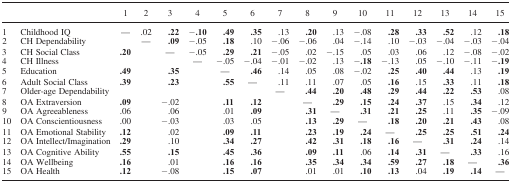
<table><thead><tr><td></td><td></td><td><b>1</b></td><td><b>2</b></td><td><b>3</b></td><td><b>4</b></td><td><b>5</b></td><td><b>6</b></td><td><b>7</b></td><td><b>8</b></td><td><b>9</b></td><td><b>10</b></td><td><b>11</b></td><td><b>12</b></td><td><b>13</b></td><td><b>14</b></td><td><b>15</b></td></tr></thead><tbody><tr><td>1</td><td>Childhood IQ</td><td>—</td><td>.02</td><td><b>.22</b></td><td><b>−.10</b></td><td><b>.49</b></td><td><b>.35</b></td><td>.13</td><td><b>.20</b></td><td>.13</td><td>−.08</td><td><b>.28</b></td><td><b>.33</b></td><td><b>.52</b></td><td>.12</td><td><b>.18</b></td></tr><tr><td>2</td><td>CH Dependability</td><td></td><td>—</td><td><b>.09</b></td><td>−.05</td><td><b>.18</b></td><td>.10</td><td>−.06</td><td>−.06</td><td>.04</td><td>−.14</td><td>.10</td><td>−.03</td><td>−.04</td><td>−.03</td><td>−.04</td></tr><tr><td>3</td><td>CH Social Class</td><td><b>.20</b></td><td></td><td>—</td><td>−.05</td><td><b>.29</b></td><td><b>.21</b></td><td>−.05</td><td>.02</td><td>−.15</td><td>.05</td><td>.03</td><td>.06</td><td>.12</td><td>−.08</td><td>−.02</td></tr><tr><td>4</td><td>CH Illness</td><td></td><td></td><td></td><td>—</td><td>−.05</td><td>−.04</td><td>−.01</td><td>−.02</td><td>.13</td><td>−<b>.18</b></td><td>−.13</td><td>.05</td><td>−.10</td><td>−.11</td><td>−<b>.19</b></td></tr><tr><td>5</td><td>Education</td><td><b>.49</b></td><td></td><td><b>.35</b></td><td></td><td>—</td><td><b>.46</b></td><td>.14</td><td>.05</td><td>.08</td><td>−.02</td><td><b>.25</b></td><td><b>.40</b></td><td><b>.44</b></td><td>.13</td><td><b>.19</b></td></tr><tr><td>6</td><td>Adult Social Class</td><td><b>.39</b></td><td></td><td><b>.23</b></td><td></td><td><b>.55</b></td><td>—</td><td>.11</td><td>.11</td><td>.07</td><td>.05</td><td><b>.16</b></td><td>.15</td><td><b>.33</b></td><td>.11</td><td><b>.18</b></td></tr><tr><td>7</td><td>Older‐age Dependability</td><td></td><td></td><td></td><td></td><td></td><td></td><td>—</td><td><b>.44</b></td><td><b>.20</b></td><td><b>.48</b></td><td><b>.29</b></td><td><b>.44</b></td><td><b>.22</b></td><td><b>.53</b></td><td>.08</td></tr><tr><td>8</td><td>OA Extraversion</td><td><b>.09</b></td><td></td><td>−.02</td><td></td><td><b>.11</b></td><td><b>.12</b></td><td></td><td>—</td><td><b>.29</b></td><td><b>.15</b></td><td><b>.24</b></td><td><b>.37</b></td><td>.15</td><td><b>.34</b></td><td>.12</td></tr><tr><td>9</td><td>OA Agreeableness</td><td>.06</td><td></td><td>.06</td><td></td><td>.01</td><td><b>.09</b></td><td></td><td><b>.31</b></td><td>—</td><td><b>.31</b></td><td><b>.21</b></td><td><b>.25</b></td><td>.11</td><td><b>.35</b></td><td>−.09</td></tr><tr><td>10</td><td>OA Conscientiousness</td><td>.00</td><td></td><td>−.03</td><td></td><td>.03</td><td>.05</td><td></td><td><b>.13</b></td><td><b>.29</b></td><td>—</td><td><b>.18</b></td><td><b>.20</b></td><td><b>.21</b></td><td><b>.43</b></td><td>.08</td></tr><tr><td>11</td><td>OA Emotional Stability</td><td><b>.12</b></td><td></td><td>.02</td><td></td><td><b>.09</b></td><td><b>.11</b></td><td></td><td><b>.23</b></td><td><b>.19</b></td><td><b>.24</b></td><td>—</td><td><b>.25</b></td><td><b>.25</b></td><td><b>.51</b></td><td><b>.24</b></td></tr><tr><td>12</td><td>OA Intellect/Imagination</td><td><b>.29</b></td><td></td><td>.10</td><td></td><td><b>.34</b></td><td><b>.27</b></td><td></td><td><b>.42</b></td><td><b>.31</b></td><td><b>.18</b></td><td><b>.16</b></td><td>—</td><td><b>.31</b></td><td><b>.24</b></td><td>.14</td></tr><tr><td>13</td><td>OA Cognitive Ability</td><td><b>.55</b></td><td></td><td><b>.15</b></td><td></td><td><b>.45</b></td><td><b>.36</b></td><td></td><td><b>.09</b></td><td><b>.11</b></td><td>.06</td><td><b>.14</b></td><td><b>.31</b></td><td>—</td><td><b>.33</b></td><td>.16</td></tr><tr><td>14</td><td>OA Wellbeing</td><td><b>.16</b></td><td></td><td>.01</td><td></td><td><b>.16</b></td><td><b>.16</b></td><td></td><td><b>.35</b></td><td><b>.34</b></td><td><b>.34</b></td><td><b>.59</b></td><td><b>.27</b></td><td><b>.18</b></td><td>—</td><td><b>.36</b></td></tr><tr><td>15</td><td>OA Health</td><td><b>.12</b></td><td></td><td>−.08</td><td></td><td><b>.15</b></td><td><b>.07</b></td><td></td><td>.01</td><td>.01</td><td><b>.10</b></td><td><b>.13</b></td><td>.04</td><td><b>.19</b></td><td><b>.14</b></td><td>—</td></tr></tbody></table>